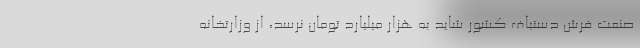
صنعت فرش دستباف کشور شاید به هزار میلیارد تومان نرسد، از وزارتخانه